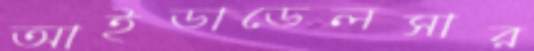
আইডাডেলসার